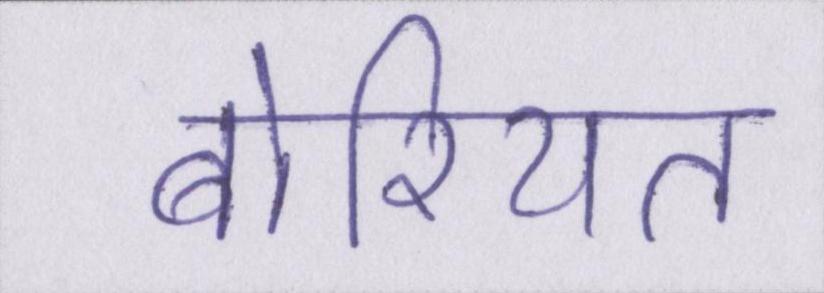
बोरियत